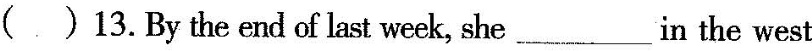
( )13.By the end of last week, she ___in the west